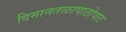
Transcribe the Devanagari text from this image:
विमानतळापाठोपाठ